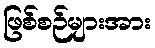
ဖြစ်စဉ်များအား